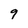
Character: 9